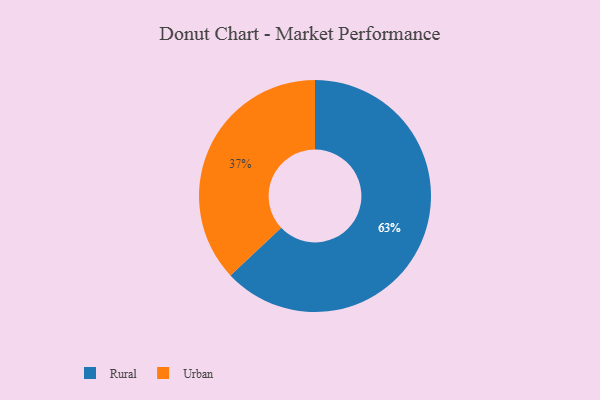
{"axis": {"x": "Category", "y": "Percentage"}, "legend": ["Rural", "Urban"], "data": [{"x": "Urban", "y": 37, "type": "Urban"}, {"x": "Rural", "y": 63, "type": "Rural"}]}